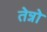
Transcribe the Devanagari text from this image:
तेन्नो